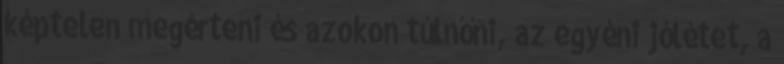
képtelen megérteni és azokon túlnőni, az egyéni jólétet, a